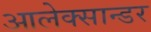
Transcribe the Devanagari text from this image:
आलेक्सान्डर